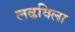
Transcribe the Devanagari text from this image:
लढविला